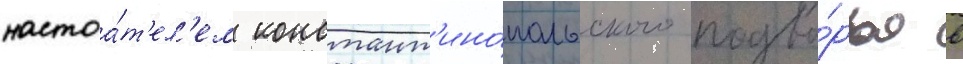
настоа́т'ел'ем констант'ино́польского подво́рья в